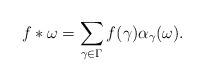
\begin{align*}f*\omega=\sum_{\gamma\in\Gamma}f(\gamma)\alpha_\gamma(\omega).\end{align*}